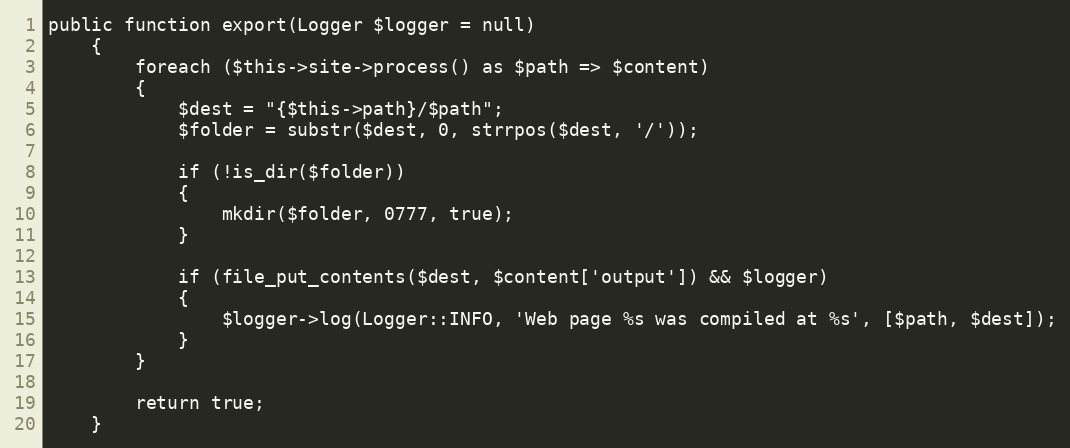
Language: PHP
public function export(Logger $logger = null)
    {
        foreach ($this->site->process() as $path => $content)
        {
            $dest = "{$this->path}/$path";
            $folder = substr($dest, 0, strrpos($dest, '/'));

            if (!is_dir($folder))
            {
                mkdir($folder, 0777, true);
            }

            if (file_put_contents($dest, $content['output']) && $logger)
            {
                $logger->log(Logger::INFO, 'Web page %s was compiled at %s', [$path, $dest]);
            }
        }

        return true;
    }